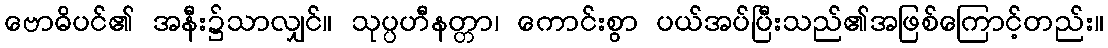
ဗောဓိပင်၏ အနီး၌သာလျှင်။ သုပ္ပဟီနတ္တာ၊ ကောင်းစွာ ပယ်အပ်ပြီးသည်၏အဖြစ်ကြောင့်တည်း။